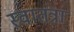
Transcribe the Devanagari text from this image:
स्वातंत्रा